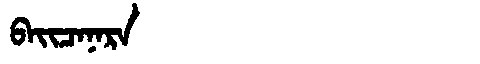
Manchu: ᠪᠠᡳᠴᠠᠨᠠᡵᠠ
Romanization: BAICANARA